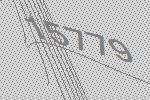
15779